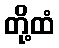
တို့ထံ